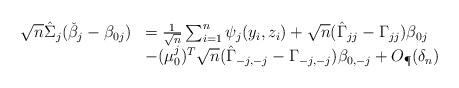
LaTeX: \begin{align*}\begin{array}{rl}\sqrt{n}\hat \Sigma_j(\check\beta_j-\beta_{0j}) & = \frac{1}{\sqrt{n}}\sum_{i=1}^n\psi_j(y_i,z_i) + \sqrt{n}(\hat\Gamma_{jj}-\Gamma_{jj})\beta_{0j} \\& -(\mu^j_0)^T\sqrt{n}(\hat \Gamma_{-j,-j}-\Gamma_{-j,-j})\beta_{0,-j} + O_\P(\delta_n)\end{array} \end{align*}